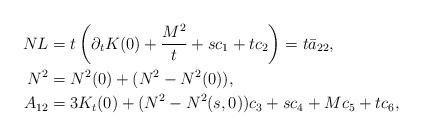
LaTeX: \begin{align*}NL&=t\left(\partial_tK(0)+\frac{M^2}t+sc_1+tc_2\right)=t\bar a_{22},\\N^2&=N^2(0)+(N^2-N^2(0)),\\A_{12}&=3K_t(0)+(N^2-N^2(s,0))c_3+sc_4+Mc_5+tc_6,\end{align*}